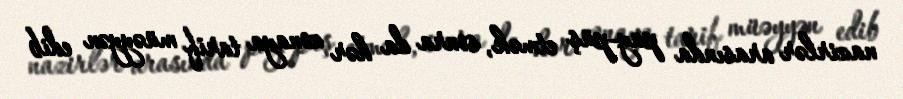
nazirlər arasında pay-püş etmək, sonra da hər zonaya tarif müəyyən edib